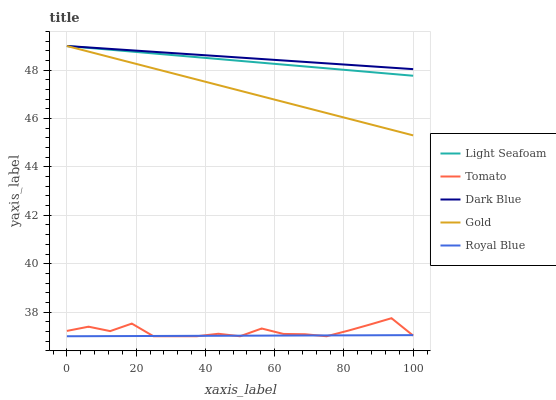
| xaxis_label | Light Seafoam | Tomato | Dark Blue | Gold | Royal Blue |
 | --- | --- | --- | --- | --- | --- |
 | 0 | 49 | 37.2 | 49 | 49 | 37 |
 | 6.25 | 48.9 | 37.4 | 48.9 | 48.8 | 37 |
 | 12.5 | 48.8 | 37.2 | 48.9 | 48.5 | 37 |
 | 18.8 | 48.8 | 37.5 | 48.8 | 48.3 | 37 |
 | 25 | 48.7 | 37 | 48.8 | 48.1 | 37 |
 | 31.2 | 48.6 | 37 | 48.7 | 47.8 | 37 |
 | 37.5 | 48.5 | 37 | 48.6 | 47.6 | 37 |
 | 43.8 | 48.5 | 37.1 | 48.6 | 47.4 | 37 |
 | 50 | 48.4 | 37 | 48.5 | 47.2 | 37 |
 | 56.2 | 48.3 | 37.3 | 48.5 | 46.9 | 37 |
 | 62.5 | 48.2 | 37.1 | 48.4 | 46.7 | 37 |
 | 68.8 | 48.2 | 37.1 | 48.3 | 46.5 | 37 |
 | 75 | 48.1 | 37 | 48.3 | 46.2 | 37 |
 | 81.2 | 48 | 37.2 | 48.2 | 46 | 37 |
 | 87.5 | 47.9 | 37.5 | 48.2 | 45.8 | 37 |
 | 93.8 | 47.8 | 37.7 | 48.1 | 45.5 | 37 |
 | 100 | 47.8 | 37 | 48 | 45.3 | 37 |